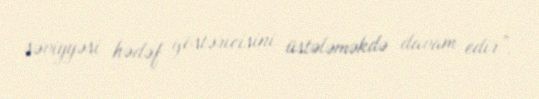
səviyyəsi hədəf göstəricisini üstələməkdə davam edir”.